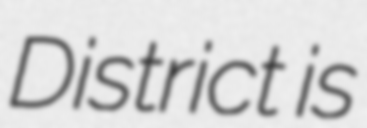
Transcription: District is